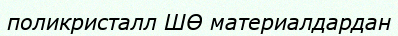
поликристалл ШӨ материалдардан